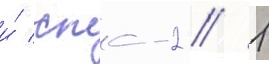
и́ спс-2 // 1